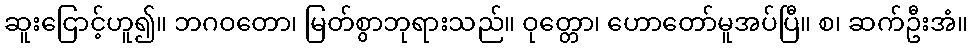
ဆူးငြောင့်ဟူ၍။ ဘဂဝတော၊ မြတ်စွာဘုရားသည်။ ဝုတ္တော၊ ဟောတော်မူအပ်ပြီ။ စ၊ ဆက်ဦးအံ။